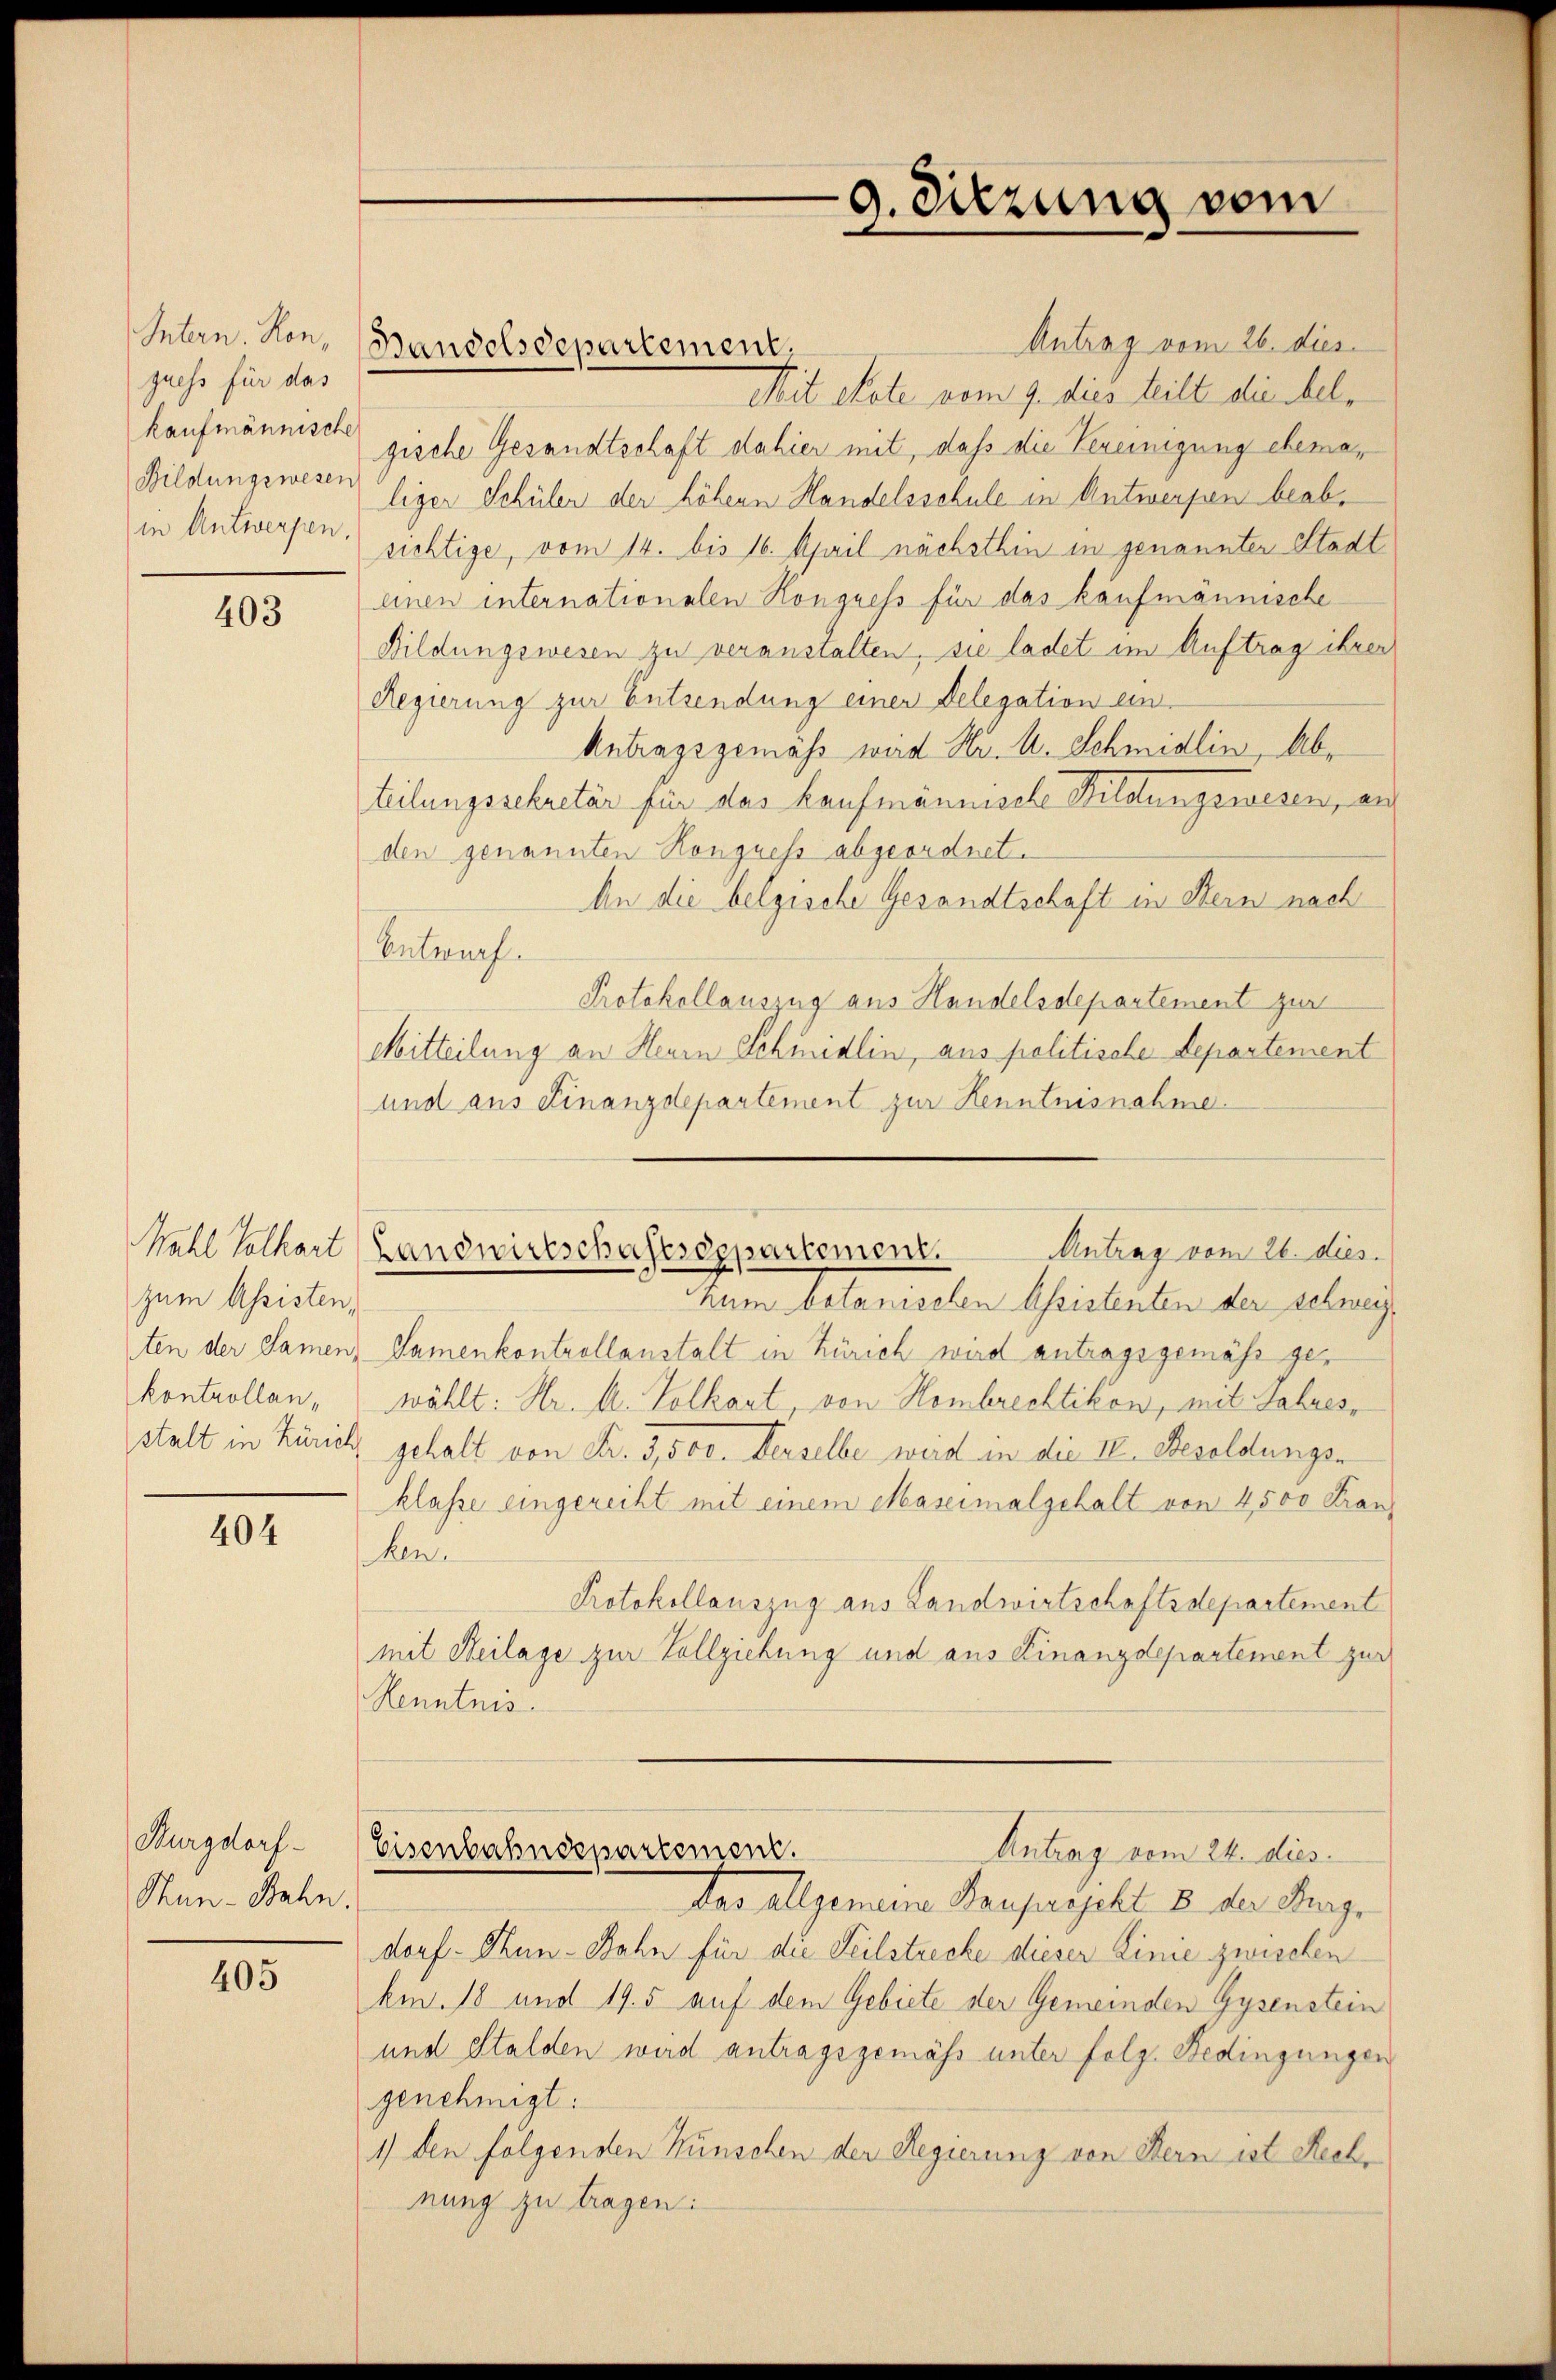
Intern. Hon,
quess für das
kaufmännische
Bildungswesen
in Antwerpen,

403

zum Assisten,
kontrollanstalt in Zürich,

404

Burgdorf
Sun-Bahn.

405

Bandelsdepartement.

9. Diezung vom

Antrag vom 26. dies
Mit Rote vom 9. dies teilt die helgische Gesandtschaft dahier mit, daß die Vereinigung ehemaliger Schüler der höhern Handelsschule in Antwerpen beabrichtige, vom 14. bis 16. April nächsthin in genannter Stadteinen internationalen Kongress für das kaufmännische
Bildungswesen zu veranstalten, sie ladet im Auftrag ihrer
Regierung zur Entsendung einer Delegation ein¬
Antragsgemäss wird Hr. A. Schmidlin, Abteilungssekretär für das Kaufmännische Bildungswesen, an
den genannten Kongress abgeordnet.
An die belgische Gesandtschaft in Stein nach
Entwurf.
Protokollauszug aus Handelsdepartement zur
Mitteilung an Herrn Schuedlin, aus politische Departement
und aus Finanzdepartement zur Henntnisnahme.
hum botanischen Assistenten der schwei
ten der Samen, Samenkontrollanstalt in Zürich wird antragsgemäß gewählt: Hr. M. Volkart, von Hombrechtikon, mit Jahres,
gehalt von Fr. 3,500. Derselbe werd in die II. Besoldungs-
klasse eingereiht mit einem Maseimalgehalt von 4500 Fran
ken
Protokollauszug aus Landwirtschaftsdepartement
mit Neilage zur Vollziehung und aus Finanzdepartement zur
Kenntnis.
Eisenbahndepartement.
Antrag vom 24. dies.
Das allgemeine Bauprojekt 8 der Frage
dorf - Thun-Bahn für die Teilstrecke dieser Linie zwischen
km. 18 und 19. 5 auf dem Gebiete der Gemeinden Gysenstein
und Stalden wird antragsgemäss unter folg. Bedingungen
genehmigt:
1) den folgenden Wünschen der Regierung von Bern ist Rechnung zu tragen:

Kahl Volkart (Landwirtschaftsdepartement.
Antrag vom 26. dies

.